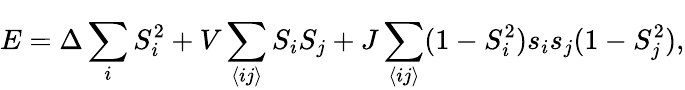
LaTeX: E=\Delta\sum_{i}^{\phantom{N}}S_{i}^{2}+V\sum_{\left\langle ij\right\rangle}S_{i}S_{j}+J\sum_{\left\langle ij\right\rangle}(1-S_{i}^{2})s_{i}s_{j}(1-S_{j}^{2}),